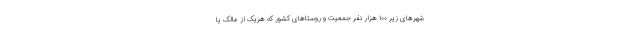
شهرهای زیر ۱۰۰ هزار نفر جمعیت و روستاهای کشور که هریک از مالک یا